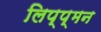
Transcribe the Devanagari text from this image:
लिप्प्मन